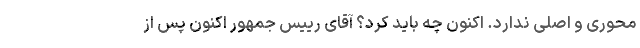
محوری و اصلی ندارد. اکنون چه باید کرد؟ آقای رییس جمهور اکنون پس از